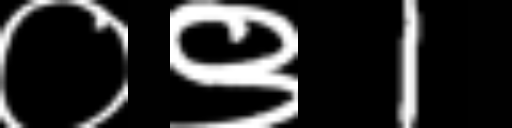
Text: ०९1